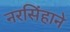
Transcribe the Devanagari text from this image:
नरसिंहाने